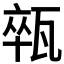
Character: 𤭢